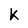
Character: K